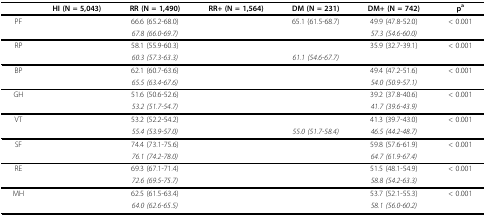
<table><thead><tr><td>[EMPTY_CELL]</td><td><b>HI (N = 5,043)</b></td><td><b>RR (N = 1,490)</b></td><td><b>RR+ (N = 1,564)</b></td><td><b>DM (N = 231)</b></td><td><b>DM+ (N = 742)</b></td><td><b>p<sup>a</sup></b></td></tr></thead><tbody><tr><td>PF</td><td>[EMPTY_CELL]</td><td>66.6 (65.2-68.0)</td><td>[EMPTY_CELL]</td><td>65.1 (61.5-68.7)</td><td>49.9 (47.8-52.0)</td><td>&lt; 0.001</td></tr><tr><td>[EMPTY_CELL]</td><td>[EMPTY_CELL]</td><td><i>67.8 (66.0-69.7)</i></td><td>[EMPTY_CELL]</td><td>[EMPTY_CELL]</td><td><i>57.3 (54.6-60.0)</i></td><td>[EMPTY_CELL]</td></tr><tr><td>RP</td><td>[EMPTY_CELL]</td><td>58.1 (55.9-60.3)</td><td>[EMPTY_CELL]</td><td>[EMPTY_CELL]</td><td>35.9 (32.7-39.1)</td><td>&lt; 0.001</td></tr><tr><td>[EMPTY_CELL]</td><td>[EMPTY_CELL]</td><td><i>60.3 (57.3-63.3)</i></td><td>[EMPTY_CELL]</td><td><i>61.1 (54.6-67.7)</i></td><td>[EMPTY_CELL]</td><td>[EMPTY_CELL]</td></tr><tr><td>BP</td><td>[EMPTY_CELL]</td><td>62.1 (60.7-63.6)</td><td>[EMPTY_CELL]</td><td>[EMPTY_CELL]</td><td>49.4 (47.2-51.6)</td><td>&lt; 0.001</td></tr><tr><td>[EMPTY_CELL]</td><td>[EMPTY_CELL]</td><td><i>65.5 (63.4-67.6)</i></td><td>[EMPTY_CELL]</td><td>[EMPTY_CELL]</td><td><i>54.0 (50.9-57.1)</i></td><td>[EMPTY_CELL]</td></tr><tr><td>GH</td><td>[EMPTY_CELL]</td><td>51.6 (50.6-52.6)</td><td>[EMPTY_CELL]</td><td>[EMPTY_CELL]</td><td>39.2 (37.8-40.6)</td><td>&lt; 0.001</td></tr><tr><td>[EMPTY_CELL]</td><td>[EMPTY_CELL]</td><td><i>53.2 (51.7-54.7)</i></td><td>[EMPTY_CELL]</td><td>[EMPTY_CELL]</td><td><i>41.7 (39.6-43.9)</i></td><td>[EMPTY_CELL]</td></tr><tr><td>VT</td><td>[EMPTY_CELL]</td><td>53.2 (52.2-54.2)</td><td>[EMPTY_CELL]</td><td>[EMPTY_CELL]</td><td>41.3 (39.7-43.0)</td><td>&lt; 0.001</td></tr><tr><td>[EMPTY_CELL]</td><td>[EMPTY_CELL]</td><td><i>55.4 (53.9-57.0)</i></td><td>[EMPTY_CELL]</td><td><i>55.0 (51.7-58.4)</i></td><td><i>46.5 (44.2-48.7)</i></td><td>[EMPTY_CELL]</td></tr><tr><td>SF</td><td>[EMPTY_CELL]</td><td>74.4 (73.1-75.6)</td><td>[EMPTY_CELL]</td><td>[EMPTY_CELL]</td><td>59.8 (57.6-61.9)</td><td>&lt; 0.001</td></tr><tr><td>[EMPTY_CELL]</td><td>[EMPTY_CELL]</td><td><i>76.1 (74.2-78.0)</i></td><td>[EMPTY_CELL]</td><td>[EMPTY_CELL]</td><td><i>64.7 (61.9-67.4)</i></td><td>[EMPTY_CELL]</td></tr><tr><td>RE</td><td>[EMPTY_CELL]</td><td>69.3 (67.1-71.4)</td><td>[EMPTY_CELL]</td><td>[EMPTY_CELL]</td><td>51.5 (48.1-54.9)</td><td>&lt; 0.001</td></tr><tr><td>[EMPTY_CELL]</td><td>[EMPTY_CELL]</td><td><i>72.6 (69.5-75.7)</i></td><td>[EMPTY_CELL]</td><td>[EMPTY_CELL]</td><td><i>58.8 (54.2-63.3)</i></td><td>[EMPTY_CELL]</td></tr><tr><td>MH</td><td>[EMPTY_CELL]</td><td>62.5 (61.5-63.4)</td><td>[EMPTY_CELL]</td><td>[EMPTY_CELL]</td><td>53.7 (52.1-55.3)</td><td>&lt; 0.001</td></tr><tr><td>[EMPTY_CELL]</td><td>[EMPTY_CELL]</td><td><i>64.0 (62.6-65.5)</i></td><td>[EMPTY_CELL]</td><td>[EMPTY_CELL]</td><td><i>58.1 (56.0-60.2)</i></td><td>[EMPTY_CELL]</td></tr></tbody></table>